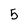
Character: 5